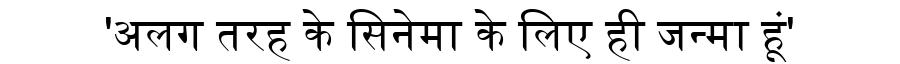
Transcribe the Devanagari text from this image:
'अलग तरह के सिनेमा के लिए ही जन्मा हूं'